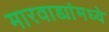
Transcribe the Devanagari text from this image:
मारवाड्यांमध्ये